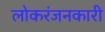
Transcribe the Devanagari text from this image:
लोकरंजनकारी